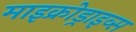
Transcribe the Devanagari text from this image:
माइक्रोड्राइव्स